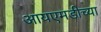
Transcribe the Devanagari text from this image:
आयएमडीच्या